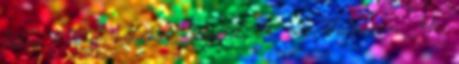
hátha ő tud valamit, amiről én nem hallottam. Ha